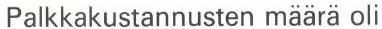
Palkkakustannusten määrä oli